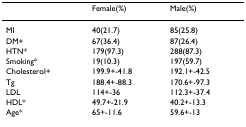
|  | Female(%) | Male(%) |
 | --- | --- | --- |
 | MI | 40(21.7) | 85(25.8) |
 | DM+ | 67(36.4) | 87(26.4) |
 | HTN* | 179(97.3) | 288(87.3) |
 | Smoking* | 19(10.3) | 197(59.7) |
 | Cholesterol+ | 199.9+-41.8 | 192.1+-42.5 |
 | Tg | 188.4+-88.3 | 170.6+-97.3 |
 | LDL | 114+-36 | 112.3+-37.4 |
 | HDL* | 49.7+-21.9 | 40.2+-13.3 |
 | Age* | 65+-11.6 | 59.6+-13 |